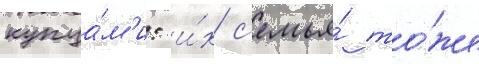
купца́м'и: и́х с'емья́ то́же